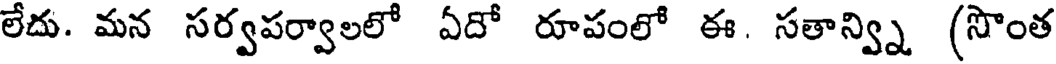
లేదు. మన సర్వపర్వాలలో ఏదో రూపంలో ఈ. సతాన్వ్ని (సొంత